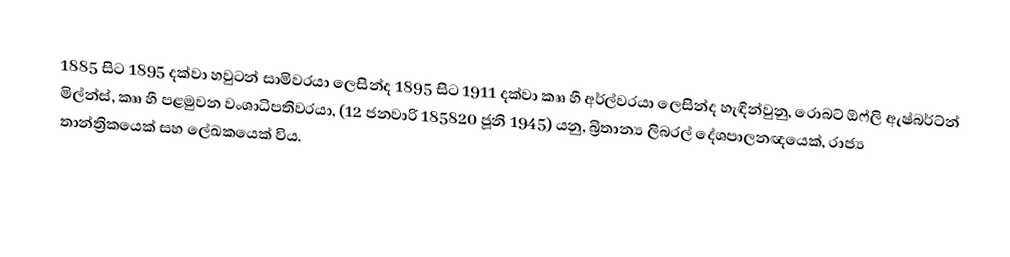
1885 සිට 1895 දක්වා හවුටන් සාමිවරයා ලෙසින්ද 1895 සිට 1911 දක්වා කෲ හී අර්ල්වරයා ලෙසින්ද හැඳින්වුනු, රොබට් ඕෆ්ලි ඇෂ්බර්ට්න් මිල්න්ස්, කෲ හී පළමුවන වංශාධිපතිවරයා,  (12 ජනවාරි 185820 ජූනි 1945) යනු, බ්‍රිතාන්‍ය ලිබරල් දේශපාලනඥයෙක්,  රාජ්‍ය තාන්ත්‍රිකයෙක් සහ ලේඛකයෙක් විය.